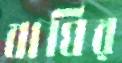
বাঘির